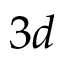
3 d